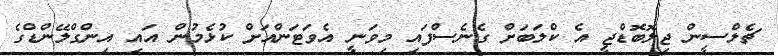
ޗެލްސީން ޖިލޮބޮޑްޖީ އެ ކްލަބަށް ގެނެސްފައި މިވަނީ އެވަޓަންއަށް ކުޅެމުން އައި އިންގްލޭންޑްގެ